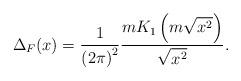
LaTeX: \begin{align*}\Delta_{F}(x)=\frac{1}{{(2\pi)}^{2}}\frac{mK_{1}\left(m\sqrt{x^{2}}\right)}{\sqrt{x^{2}}}.\end{align*}